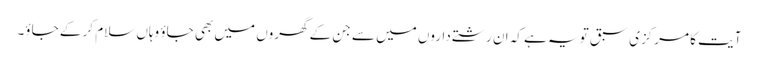
آیت کا مرکزی سبق تو یہ ہے کہ ان رشتے داروں میں سے جن کے گھروں میں بھی جاؤ وہاں سلام کر کے جاؤ۔